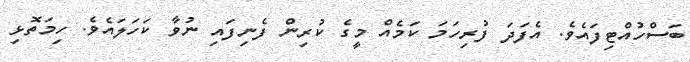
ބަސްހުއްޓިފައެވެ. އެފަދަ ފުރިހަމަ ކަމެއް މީގެ ކުރިން ފެނިފައި ނުވާ ކަހަލައެވެ. ހިމަތޮޅި